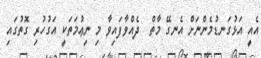
އެއީ އަޅުގަނޑުމެންނަށް އެނގޭ މާތް  ދެއްވާފައިވާ މި ނިޢުމަތަކީ އަގުހުރި ގޮތުގައި